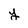
Character: y